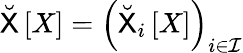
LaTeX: \breve{\sf{X}}\left[X\right]=\left(\breve{\sf{X}}_{i}\left[X\right]\right)_{i\in\mathcal{I}}